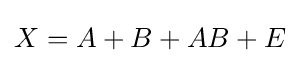
X=A+B+AB+E